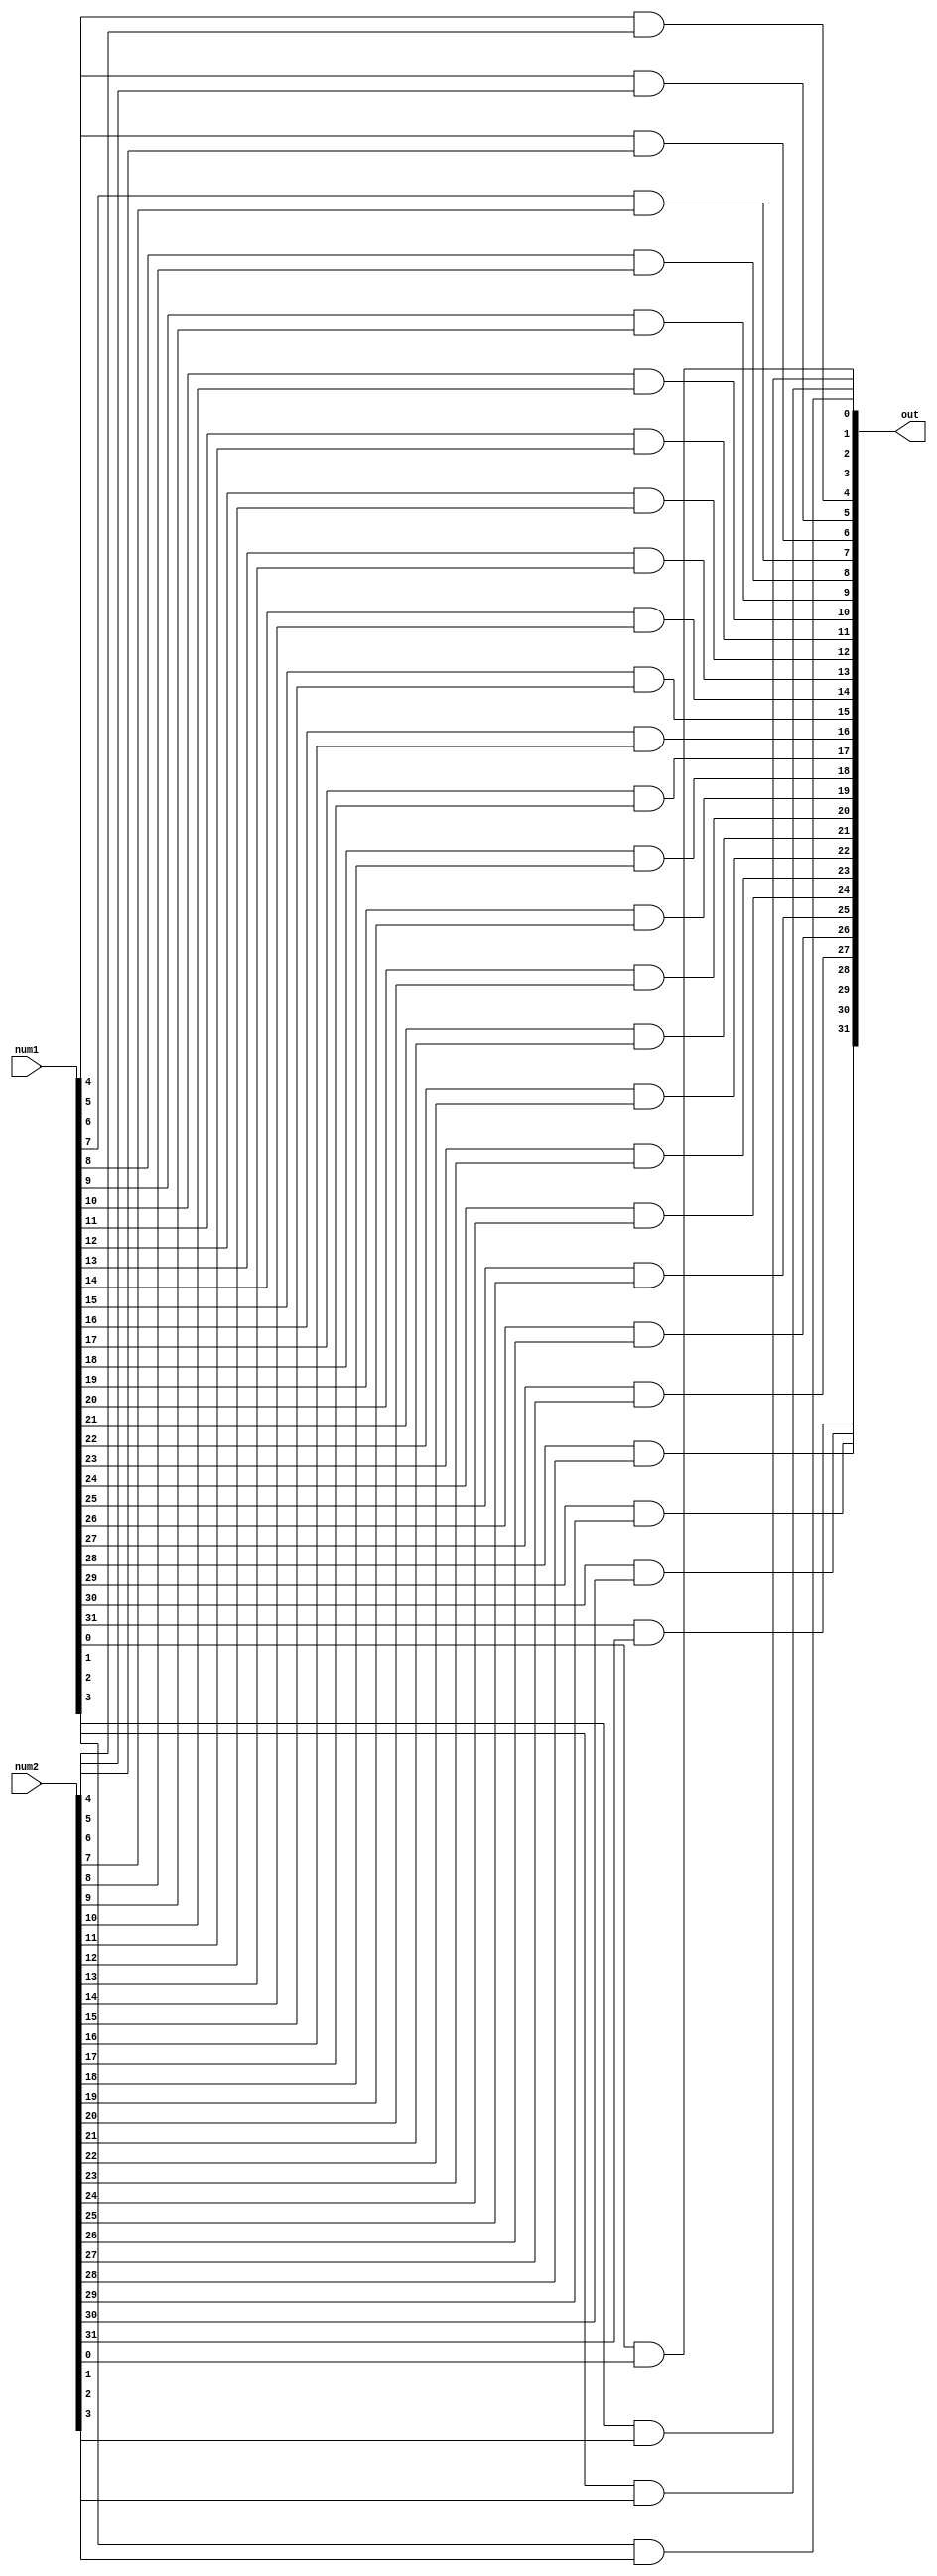
module bitwise_and_32(num1, num2, out);
    input [31:0] num1, num2;
    output [31:0] out;

    // add your code here:
    and a1(out[0], num1[0], num2[0]);
    and a2(out[1], num1[1], num2[1]);
    and a3(out[2], num1[2], num2[2]);
    and a4(out[3], num1[3], num2[3]);
    and a5(out[4], num1[4], num2[4]);
    and a6(out[5], num1[5], num2[5]);
    and a7(out[6], num1[6], num2[6]);
    and a8(out[7], num1[7], num2[7]);
    and a9(out[8], num1[8], num2[8]);
    and a10(out[9], num1[9], num2[9]);
    and a11(out[10], num1[10], num2[10]);
    and a12(out[11], num1[11], num2[11]);
    and a13(out[12], num1[12], num2[12]);
    and a14(out[13], num1[13], num2[13]);
    and a15(out[14], num1[14], num2[14]);
    and a16(out[15], num1[15], num2[15]);
    and a17(out[16], num1[16], num2[16]);
    and a18(out[17], num1[17], num2[17]);
    and a19(out[18], num1[18], num2[18]);
    and a20(out[19], num1[19], num2[19]);
    and a21(out[20], num1[20], num2[20]);
    and a22(out[21], num1[21], num2[21]);
    and a23(out[22], num1[22], num2[22]);
    and a24(out[23], num1[23], num2[23]);
    and a25(out[24], num1[24], num2[24]);
    and a26(out[25], num1[25], num2[25]);
    and a27(out[26], num1[26], num2[26]);
    and a28(out[27], num1[27], num2[27]);
    and a29(out[28], num1[28], num2[28]);
    and a30(out[29], num1[29], num2[29]);
    and a31(out[30], num1[30], num2[30]);
    and a32(out[31], num1[31], num2[31]);
endmodule